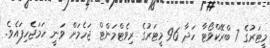
މީޓަރުގެ 7 ބްރޭކްވޯޓާ ހަދާ 96 މީޓަރުގެ ރިވެޓްމަންޓް ޖަހެމަށް ވަނީ ހަމަޖެހިފައެވެ.